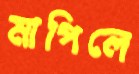
মাপিলে